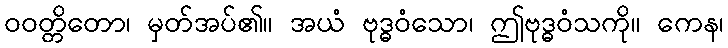
ဝဝတ္တိတော၊ မှတ်အပ်၏။ အယံ ဗုဒ္ဓဝံသော၊ ဤဗုဒ္ဓဝံသကို။ ကေန၊